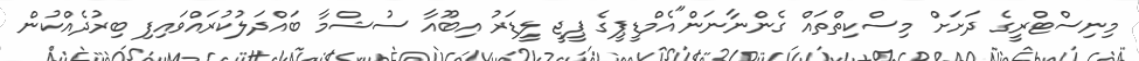
މިނިސްޓްރީގެ ދަށަށް މިސްކިތްތައް ގެންނާނަން"އެމްޑީޕީގެ ޕީޖީ ލީޑަރު އިބޫއާ ސުޝްމާ ބައްދަލުކުރައްވައިފި ބިރުދެއްކުން